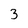
Character: 3